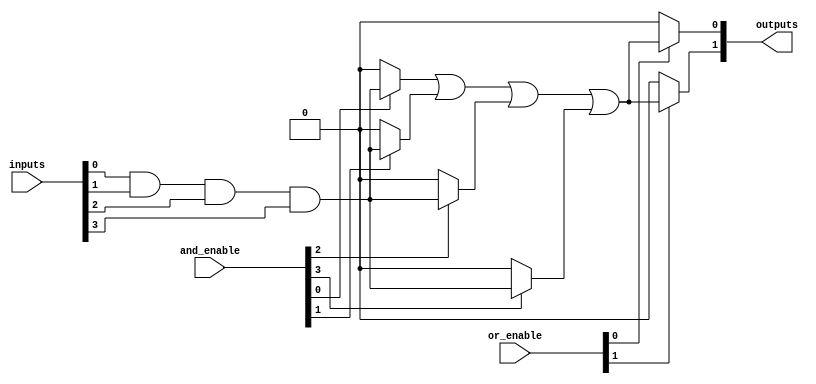
module SPAL #(
    parameter N = 4, // Number of inputs
    parameter M = 2, // Number of outputs
    parameter P = 4  // Number of product terms
)(
    input wire [N-1:0] inputs,          // Input signals
    input wire [P-1:0] and_enable,      // Enable signals for AND gates
    input wire [M-1:0] or_enable,       // Enable signals for OR gates
    output wire [M-1:0] outputs          // Output signals
);

// Internal signals for AND gates
wire [P-1:0] and_out;

// AND Array: Each AND gate can take direct or inverted inputs
genvar i, j;
generate
    for (i = 0; i < P; i = i + 1) begin : and_array
        assign and_out[i] = (and_enable[i]) ? 
            (inputs[0] & inputs[1] & inputs[2] & inputs[3]) : 1'b0; // Example logic
    end
endgenerate

// OR Array: Combine outputs of AND gates based on enable signals
generate
    for (j = 0; j < M; j = j + 1) begin : or_array
        assign outputs[j] = (or_enable[j]) ? 
            (and_out[0] | and_out[1] | and_out[2] | and_out[3]) : 1'b0; // Example logic
    end
endgenerate

endmodule